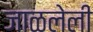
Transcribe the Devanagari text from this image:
जाळलेली